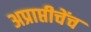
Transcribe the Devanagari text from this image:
अप्राप्तीचेंच